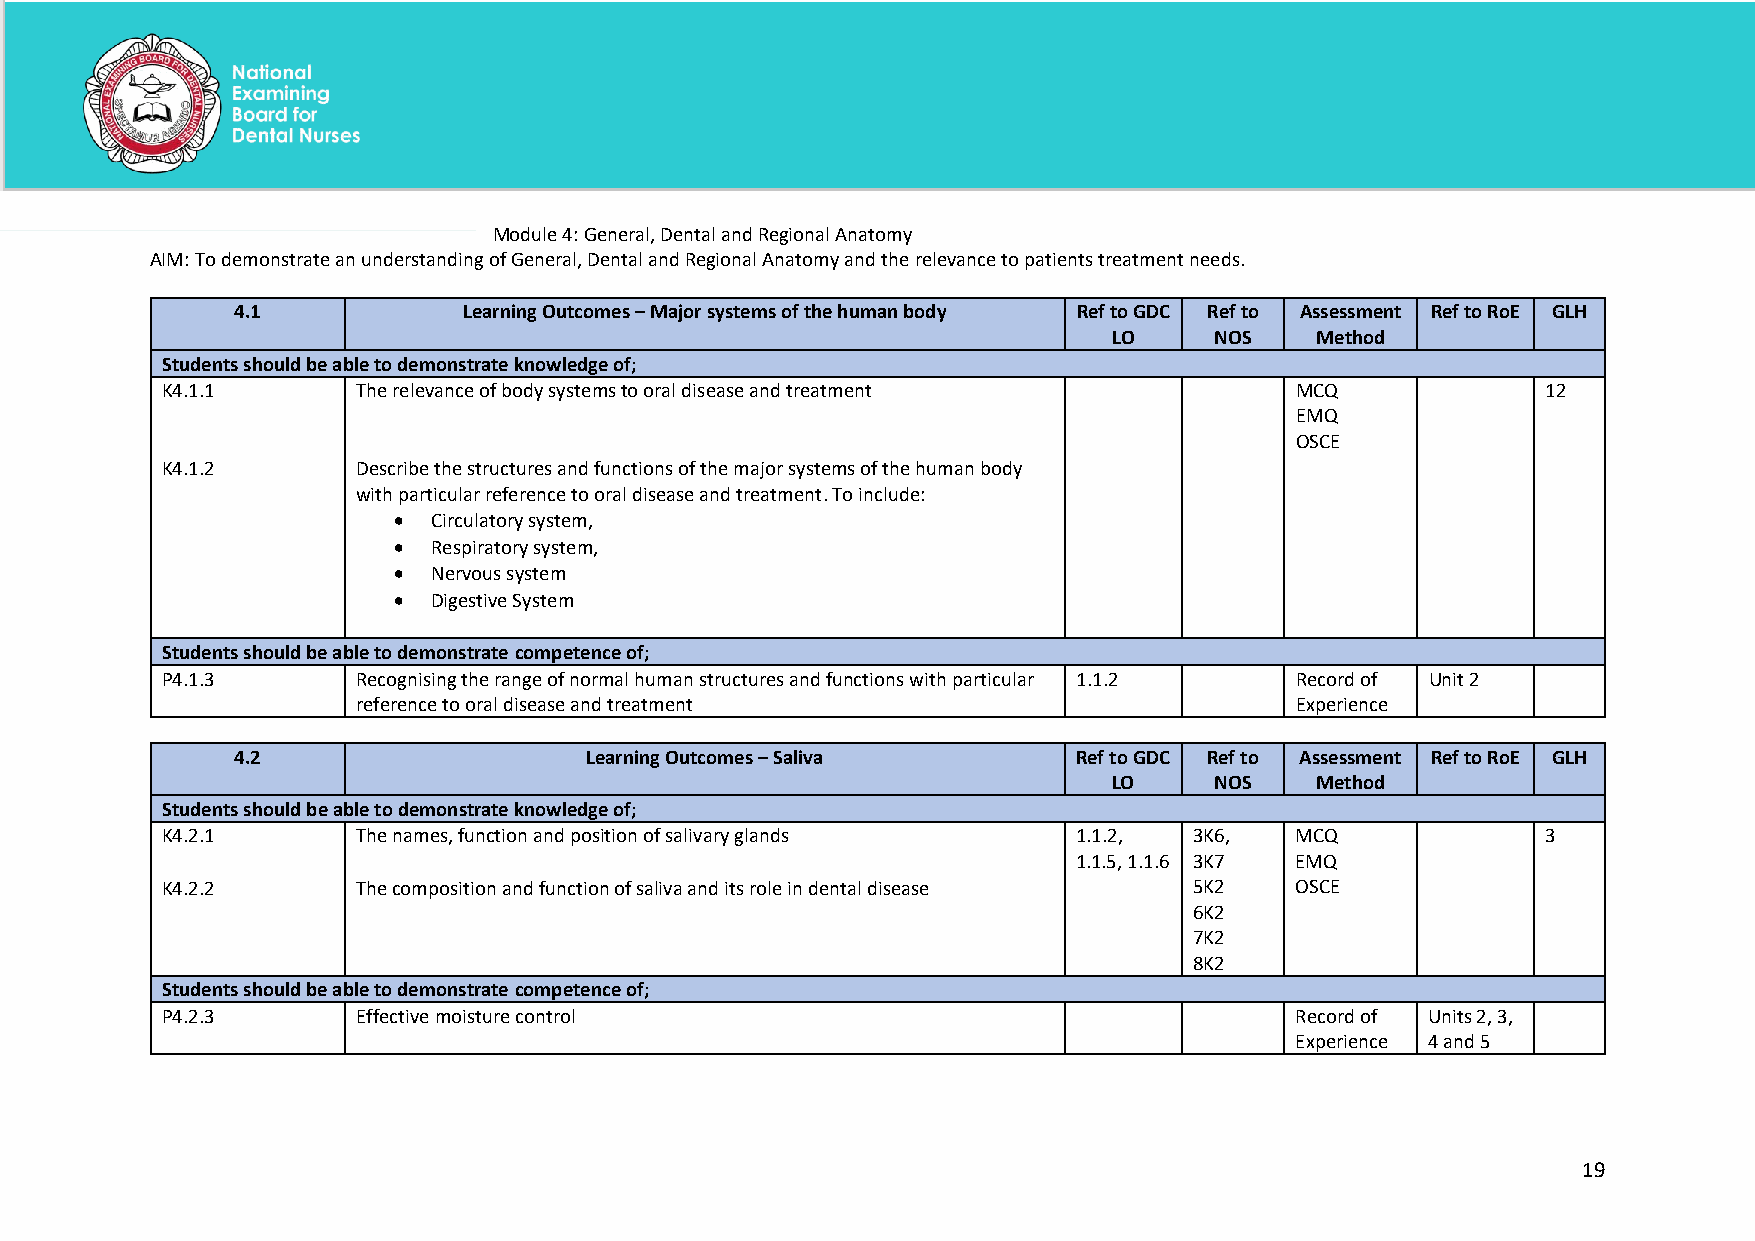
Module 4: General, Dental and Regional Anatomy
 AIM: To demonstrate an understanding of General, Dental and Regional Anatomy and the relevance to patients treatment needs.
 4.1             Learning Outcomes – Major systems of the human body Ref to GDC Ref to Assessment Ref to RoE GLH
 LO    NOS    Method
 Students should be able to demonstrate knowledge of;
 K4.1.1       The relevance of body systems to oral disease and treatment   MCQ             12
 EMQ
 OSCE
 K4.1.2       Describe the structures and functions of the major systems of the human body
 with particular reference to oral disease and treatment. To include:
 •  Circulatory system,
 •  Respiratory system,
 •  Nervous system
 •  Digestive System
 Students should be able to demonstrate competence of;
 P4.1.3       Recognising the range of normal human structures and functions with particular 1.1.2 Record of Unit 2
 reference to oral disease and treatment                       Experience
 4.2                    Learning Outcomes – Saliva      Ref to GDC Ref to Assessment Ref to RoE GLH
 LO    NOS    Method
 Students should be able to demonstrate knowledge of;
 K4.2.1       The names, function and position of salivary glands 1.1.2, 3K6, MCQ           3
 1.1.5, 1.1.6 3K7 EMQ
 K4.2.2       The composition and function of saliva and its role in dental disease 5K2 OSCE
 6K2
 7K2
 8K2
 Students should be able to demonstrate competence of;
 P4.2.3       Effective moisture control                                    Record of Units 2, 3,
 Experience 4 and 5
 19
 National Examining Board for Dental Nurses